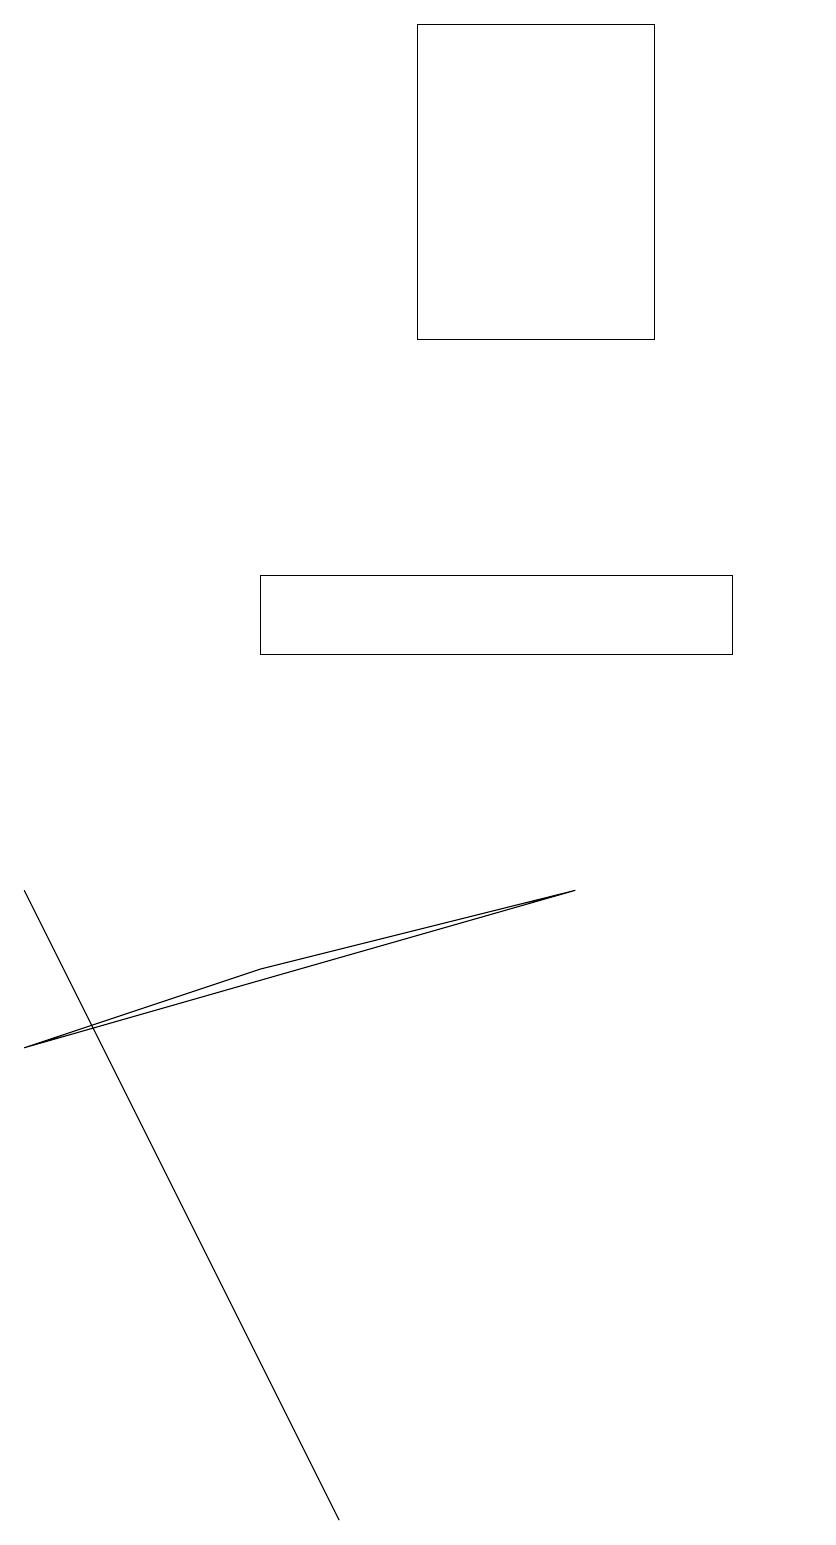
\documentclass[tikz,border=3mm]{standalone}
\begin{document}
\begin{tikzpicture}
\draw (5,19) rectangle (8,15);
\draw (0,6) -- (3,7) -- (7,8) -- cycle;
\draw (9,12) rectangle (3,11);
\draw (10,12) circle (0);
\draw (4,0) -- (2,4) -- (0,8) -- cycle;
\draw (10,10) circle (0);
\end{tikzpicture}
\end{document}